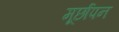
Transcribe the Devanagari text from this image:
मूर्छापन